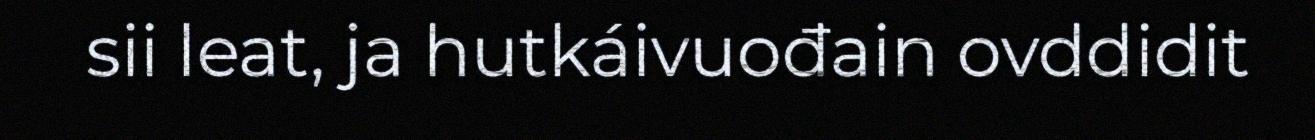
sii leat, ja hutkáivuođain ovddidit